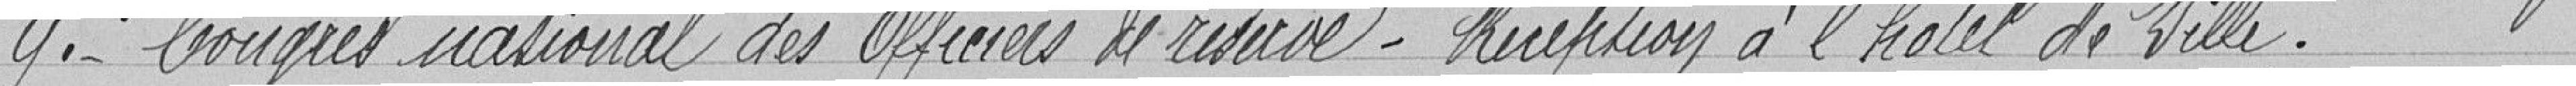
9. - Congrès national des officiers de réserve - Réception à l'hôtel de Ville.